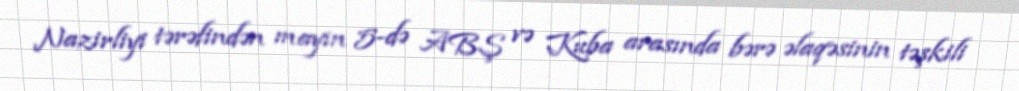
Nazirliyi tərəfindən mayın 5-də ABŞ və Kuba arasında bərə əlaqəsinin təşkili